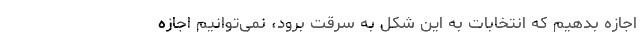
اجازه بدهیم که انتخابات به این شکل به سرقت برود، نمی‌توانیم اجازه